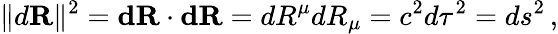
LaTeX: \| d\mathbf{R}\| ^{2}=\mathbf{dR\cdot dR}=dR^{\mu}dR_{\mu}=c^{2}d\tau^{2}=ds^{2}\, ,